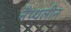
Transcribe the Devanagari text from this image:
नैप्थलीन